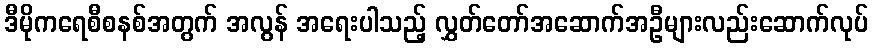
ဒီမိုကရေစီစနစ်အတွက် အလွန် အရေးပါသည့် လွှတ်တော်အဆောက်အဦများလည်းဆောက်လုပ်